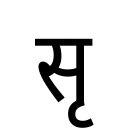
OCR:
सृ